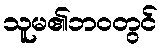
သူမ၏ဘဝတွင်